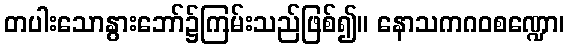
တပါးသောနွားဘော်၌ကြမ်းသည်ဖြစ်၍။ နောသကဂဝစဏ္ဍော၊